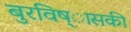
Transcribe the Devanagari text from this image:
बुरविष्ासकी